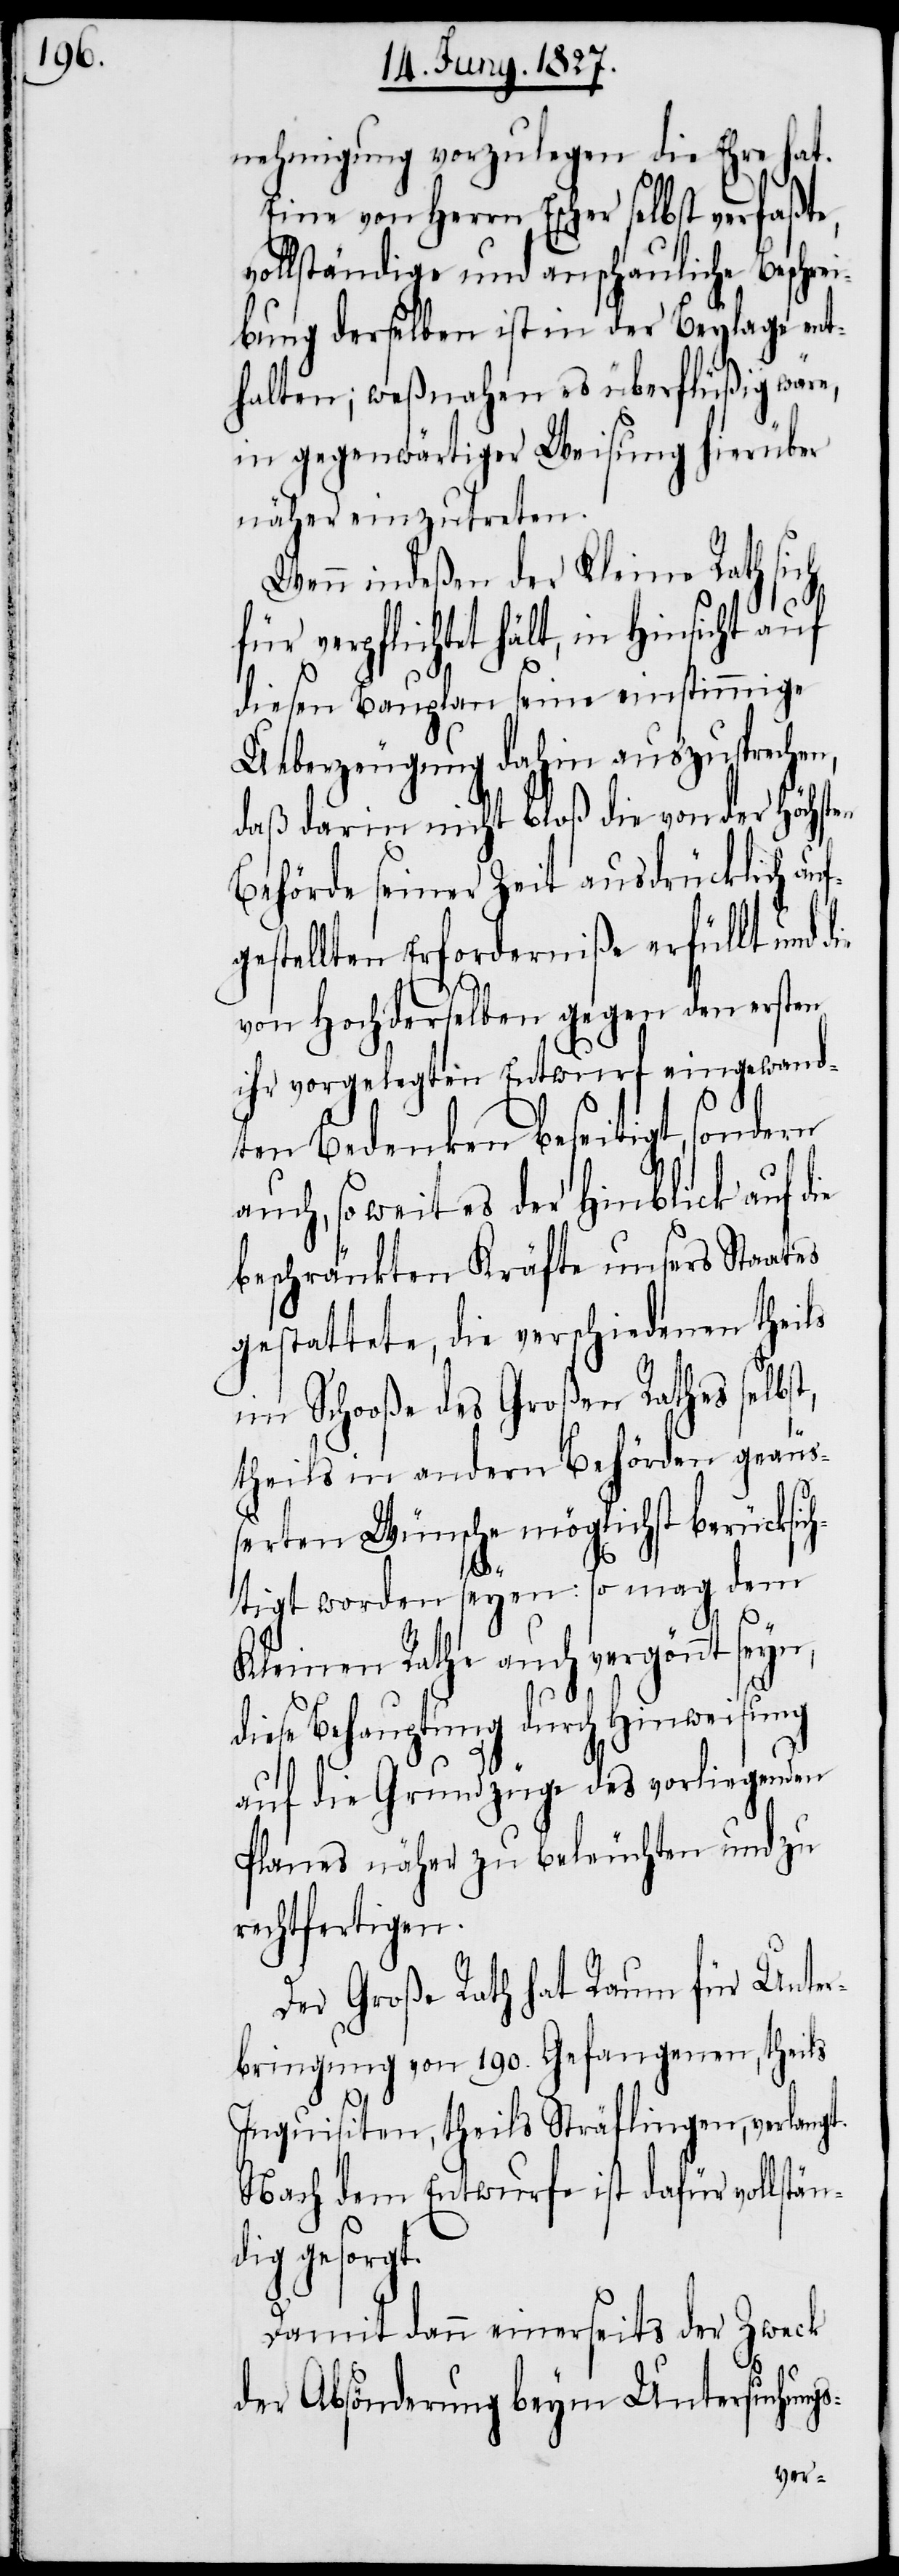
nehmigung vorzulegen die Ehre hat.
Eine von Herrn Escher selbst verfaßte,
vollständige und anschauliche Beschrei¬
bung derselben ist in der Beylage ent¬
halten; weßnahen es überflüßig wäre,
in gegenwärtiger Weisung hierüber
näher einzutreten.
Wenn indeßen der Kleine Rath sich
f¬
für verpflichtet hält, in Hinsicht auf
s-
diesen Bauplan seine einstimmige
Ueberzeugung dahin auszusprechen,
daß darin nicht bloß die von der Höchs¬
Behörde seiner Zeit ausdrücklich au¬
gestellten Erforderniße erfüllt und
die
von Hochderselben gegen den ersten
ihr vorgelegten Entwurf eingewand¬
ten Bedenken beseitigt, sondern
auch, so weit es der Hinblick auf die
beschränkten Kräfte unsers Staates
gestattete, die verschiedenen theils
im Schooße des Großen Rathes selbst,
theils in andern Behörden geäuß¬
erten Wünsche möglichst berücksic¬
htigt worden seyen: so mag dem
Kleinen Rathe auch vergönnt seyn,
diese Behauptung durch Hinweisung
auf die Grundzüge des vorliegenden
Planes näher zu beleuchten und zu
rechtfertigen.
Der Große Rath hat Raum für Unter¬
bringung von 190. Gefangenen, theils
Inquisiten, theils Sträflingen, verlangt.
Nach dem Entwurfe ist dafür vollstän¬
dig gesorgt.
Damit dann einerseits der Zweck
der Absönderung beym Untersuchung¬